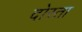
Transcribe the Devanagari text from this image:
दोस्ता